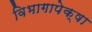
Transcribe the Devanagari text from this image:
विभागापेक्षा